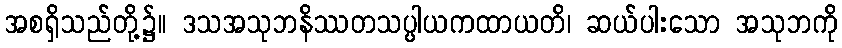
အစရှိသည်တို့၌။ ဒသအသုဘနိဿတသပ္ပါယကထာယတိ၊ ဆယ်ပါးသော အသုဘကို